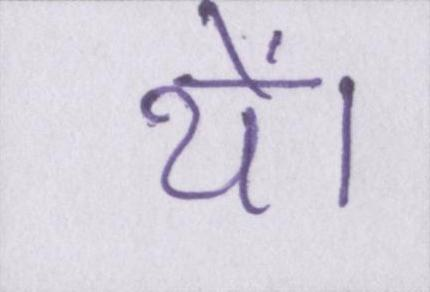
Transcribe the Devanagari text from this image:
थें।